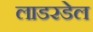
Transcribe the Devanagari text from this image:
लाडरडेल